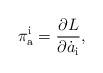
LaTeX: \begin{align*}\pi_{\mathrm{a}}^{\mathrm{i}} = {\partial L\over \partial \dot a_{\mathrm{i}}},\end{align*}